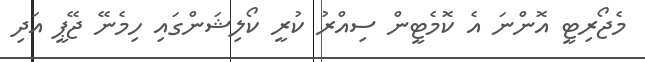
މެޖޯރިޓީ އޮންނަ އެ ކޮމެޓީން ސިއްރު ކުރީ ކޯލިޝަންގައި ހިމެނޭ ޖޭޕީ އަދި